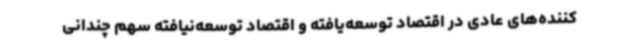
کننده‌های عادی در اقتصاد توسعه‌یافته و اقتصاد توسعه‌نیافته سهم چندانی